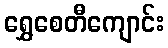
ရွှေစေတီကျောင်း